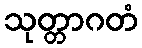
သုတ္တာဂတံ